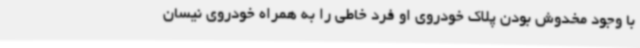
با وجود مخدوش بودن پلاک خودروی او فرد خاطی را به همراه خودروی نیسان